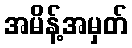
အမိန့်အမှတ်